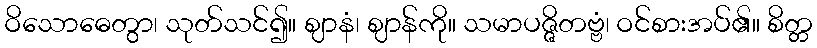
ဝိသောဓေတွာ၊ သုတ်သင်၍။ ဈာနံ၊ ဈာန်ကို။ သမာပဇ္ဇိတဗ္ဗံ၊ ဝင်စားအပ်၏။ စိတ္တ